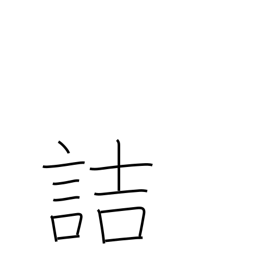
Meaning: blame